Civil Veterinary Dept. Bombay admin report 1914-1922 - 1914-1922
Year: 1914
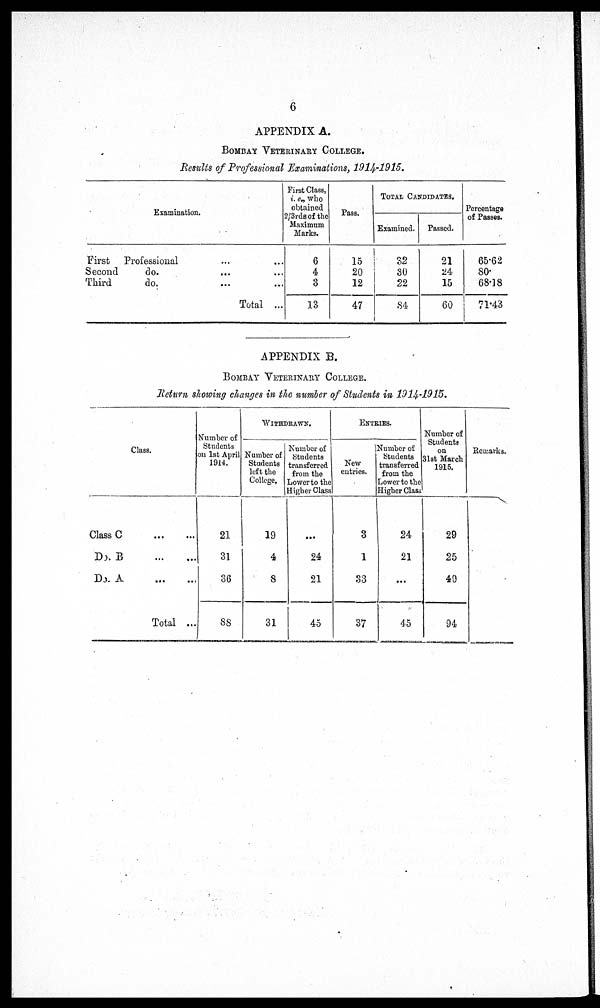
6
APPENDIX A.
BOMBAY VETERINARY COLLEGE.
Results of Professional Examinations, 1914-1915.
Examination.
First Professional ... ...
Second
do. ... ...
Third
do. ... ...
Total ...
First Class.
i.e., who
obtained
2/3rds of the
Maximum
Marks.
6
4
3
13
Pass.
15
20
12
47
TOTAL CANDIDATES.
Examined.
32
30
22
84
Passed.
21
24
15
60
Percentage
of Passes.
65.62
80.
68.18
71.43
APPENDIX B.
BOMBAY VETERINARY COLLEGE.
Return showing changes in the number of Students in 1914-1915.
Class.
Class C
...
...
Do. B
...
...
Do. A ... ...
Total ...
Number of
Students
on 1st April
1914.
21
31
36
88
WITHDRAWN.
Number of
Students
left the
College,
19
4
8
31
Number of
Students
transferred
from the
Lower to the
Higher Class
...
24
21
45
ENTRIES.
New
entries.
3
1
33
37
Number of
Students
transferred
from the
Lower to the
Higher Class
24
21
...
45
Number of
Students
on
31st March
1915.
29
25
40
94
Remarks.